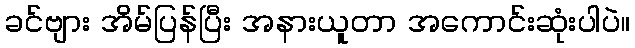
ခင်ဗျား အိမ်ပြန်ပြီး အနားယူတာ အကောင်းဆုံးပါပဲ။